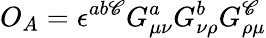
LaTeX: O_{A}=\epsilon^{ab\mathscr{C}}G_{\mu\nu}^{a}G_{\nu\rho}^{b}G_{\rho\mu}^{\mathscr{C}}